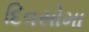
દિવસોમા